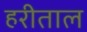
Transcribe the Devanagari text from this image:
हरीताल